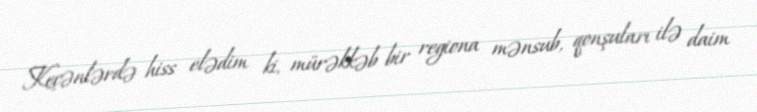
Keçənlərdə hiss elədim ki, mürəkkəb bir regiona mənsub, qonşuları ilə daim